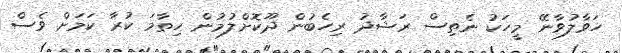
ހަވާލުވާނޭ މީހަކު ނެތިސް ރަޝާދު ރިހެބުން ދޫކޮށްލުމުން ހިތާމަ ކުރާ ކަމަށް ވެސް